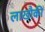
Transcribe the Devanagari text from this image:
लाखौकी